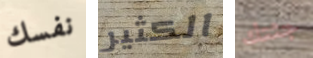
نفسك الكثير جثتك